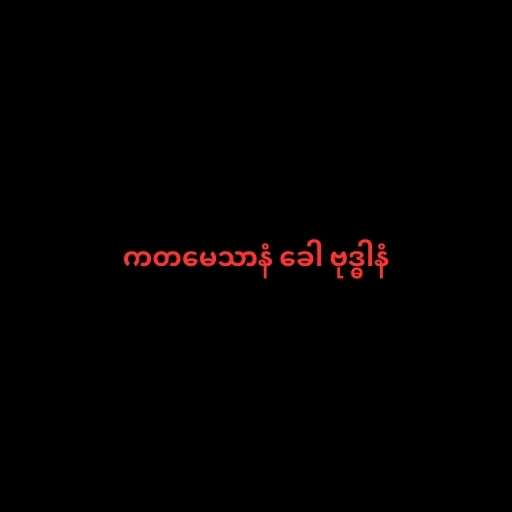
ကတမေသာနံ ခေါ ဗုဒ္ဓါနံ